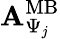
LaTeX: {\mathbf A}_{\Psi_{j}}^{\mathrm{MB}}